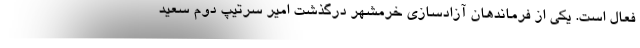
فعال است. یکی از فرماندهان آزادسازی خرمشهر درگذشت امیر سرتیپ دوم سعید